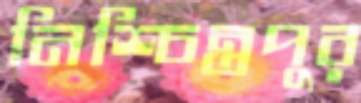
নিশ্চিন্তপুর